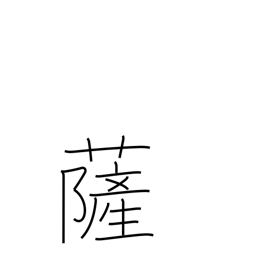
Meaning: Buddha